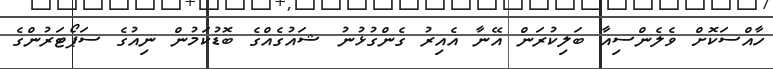
ހާއްސަކޮށް ވެލެންސިއާ ބަލިކުރަން އޭނާ އެއިރު ގެންގުޅުނު ޝައުގެއްގެ ބޮޑުކަމުން ނިއުގެ ސަޕޯޓަރުންގެ